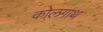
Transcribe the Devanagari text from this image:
कोलगाथ